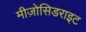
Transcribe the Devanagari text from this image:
मीज़ोसिडराइट